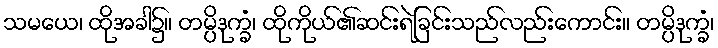
သမယေ၊ ထိုအခါ၌။ တမ္ပိဒုက္ခံ၊ ထိုကိုယ်၏ဆင်းရဲခြင်းသည်လည်းကောင်း။ တမ္ပိဒုက္ခံ၊